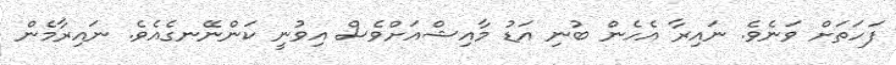
ފަހަތަށް ވަނެވެ. ނައިރާ އެހެން ބުނި އަޑު މާއިޝްއަށްވެސް އިވުނީ ކަންނޭނގެއެވެ. ނައިރާމެން